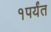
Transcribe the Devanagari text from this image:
१पर्यंत